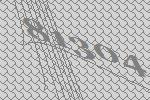
81304